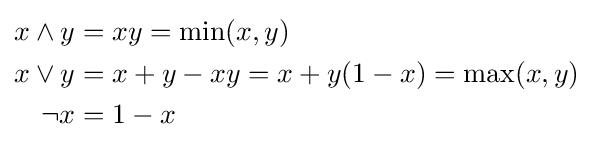
{\begin{aligned}x\wedge y&=xy=\min(x,y)\\x\vee y&=x+y-xy=x+y(1-x)=\max(x,y)\\\neg x&=1-x\end{aligned}}